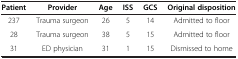
| Patient | Provider | Age | ISS | GCS | Original disposition |
 | --- | --- | --- | --- | --- | --- |
 | 237 | Trauma surgeon | 26 | 5 | 14 | Admitted to floor |
 | 28 | Trauma surgeon | 38 | 5 | 15 | Admitted to floor |
 | 31 | ED physician | 31 | 1 | 15 | Dismissed to home |